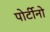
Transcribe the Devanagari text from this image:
पोर्टीनो